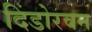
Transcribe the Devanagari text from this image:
दिंडोरवन